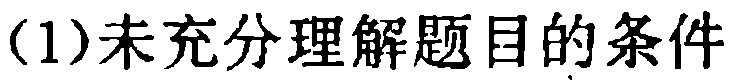
(1)未充分理解题目的条件